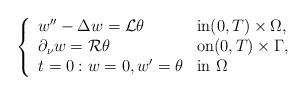
LaTeX: \begin{align*}\left\lbrace\begin{array}{lll}w''-\Delta w ={\cal L}\theta& \hbox{in} (0,T) \times\Omega,\\\partial_\nu w= {\cal R}\theta & \hbox{on} (0,T) \times\Gamma,\\t=0: w=0,w'=\theta & \hbox{in} ~ \Omega \end{array}\right.\end{align*}